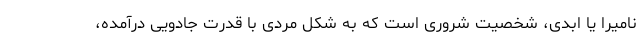
نامیرا یا ابدی، شخصیت شروری است که به شکل مردی با قدرت جادویی درآمده،